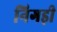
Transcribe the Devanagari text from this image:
निगड़ी